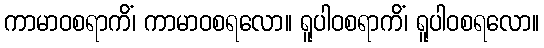
ကာမာဝစရာကိံ၊ ကာမာဝစရလော။ ရူပါဝစရာကိံ၊ ရူပါဝစရလော။